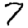
Digit: 7